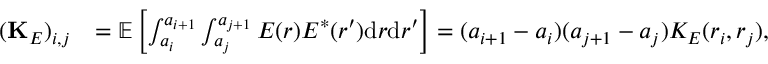
\begin{array} { r l } { ( { \bf K } _ { E } ) _ { i , j } } & { = { \mathbb E } \left[ \int _ { a _ { i } } ^ { a _ { i + 1 } } \int _ { a _ { j } } ^ { a _ { j + 1 } } E ( r ) E ^ { * } ( r ^ { \prime } ) \mathrm { d } r \mathrm { d } r ^ { \prime } \right] = ( a _ { i + 1 } - a _ { i } ) ( a _ { j + 1 } - a _ { j } ) K _ { E } ( r _ { i } , r _ { j } ) , } \end{array}